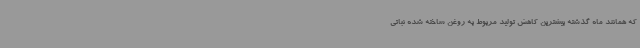
که همانند ماه گذشته بیشترین کاهش تولید مربوط به روغن ساخته شده نباتی